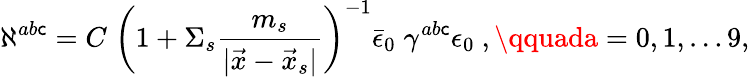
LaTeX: \aleph^{ab\mathsf{c}}=C\; \left(1+\Sigma_{s}{\frac{{m_{s}}}{{|\vec{{x}}-\vec{{x}}_{s}|}}}\right)^{-1}\bar{{\epsilon}}_{0}\; \gamma^{ab\mathsf{c}}\epsilon_{0}\ ,\qquada=0,1,\dots9,